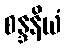
စန္ဒနိယံ